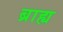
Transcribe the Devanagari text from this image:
ब्राह्य